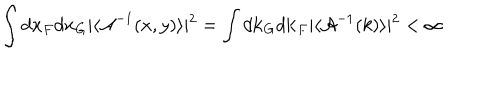
\int d { \bf x } _ { F } d { \bf x } _ { G } \vert \langle { \cal A } ^ { - 1 } ( x , y ) \rangle \vert ^ { 2 } = \int d { \bf k } _ { G } d { \bf k } _ { F } \vert \langle { \cal A } ^ { - 1 } ( k ) \rangle \vert ^ { 2 } < \infty